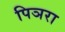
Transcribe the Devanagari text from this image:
पिञरा